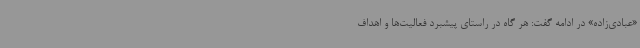
«عبادی‌زاده» در ادامه گفت: هر گاه در راستای پیشبرد فعالیت‌ها و اهداف